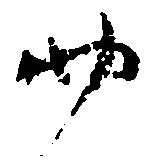
四